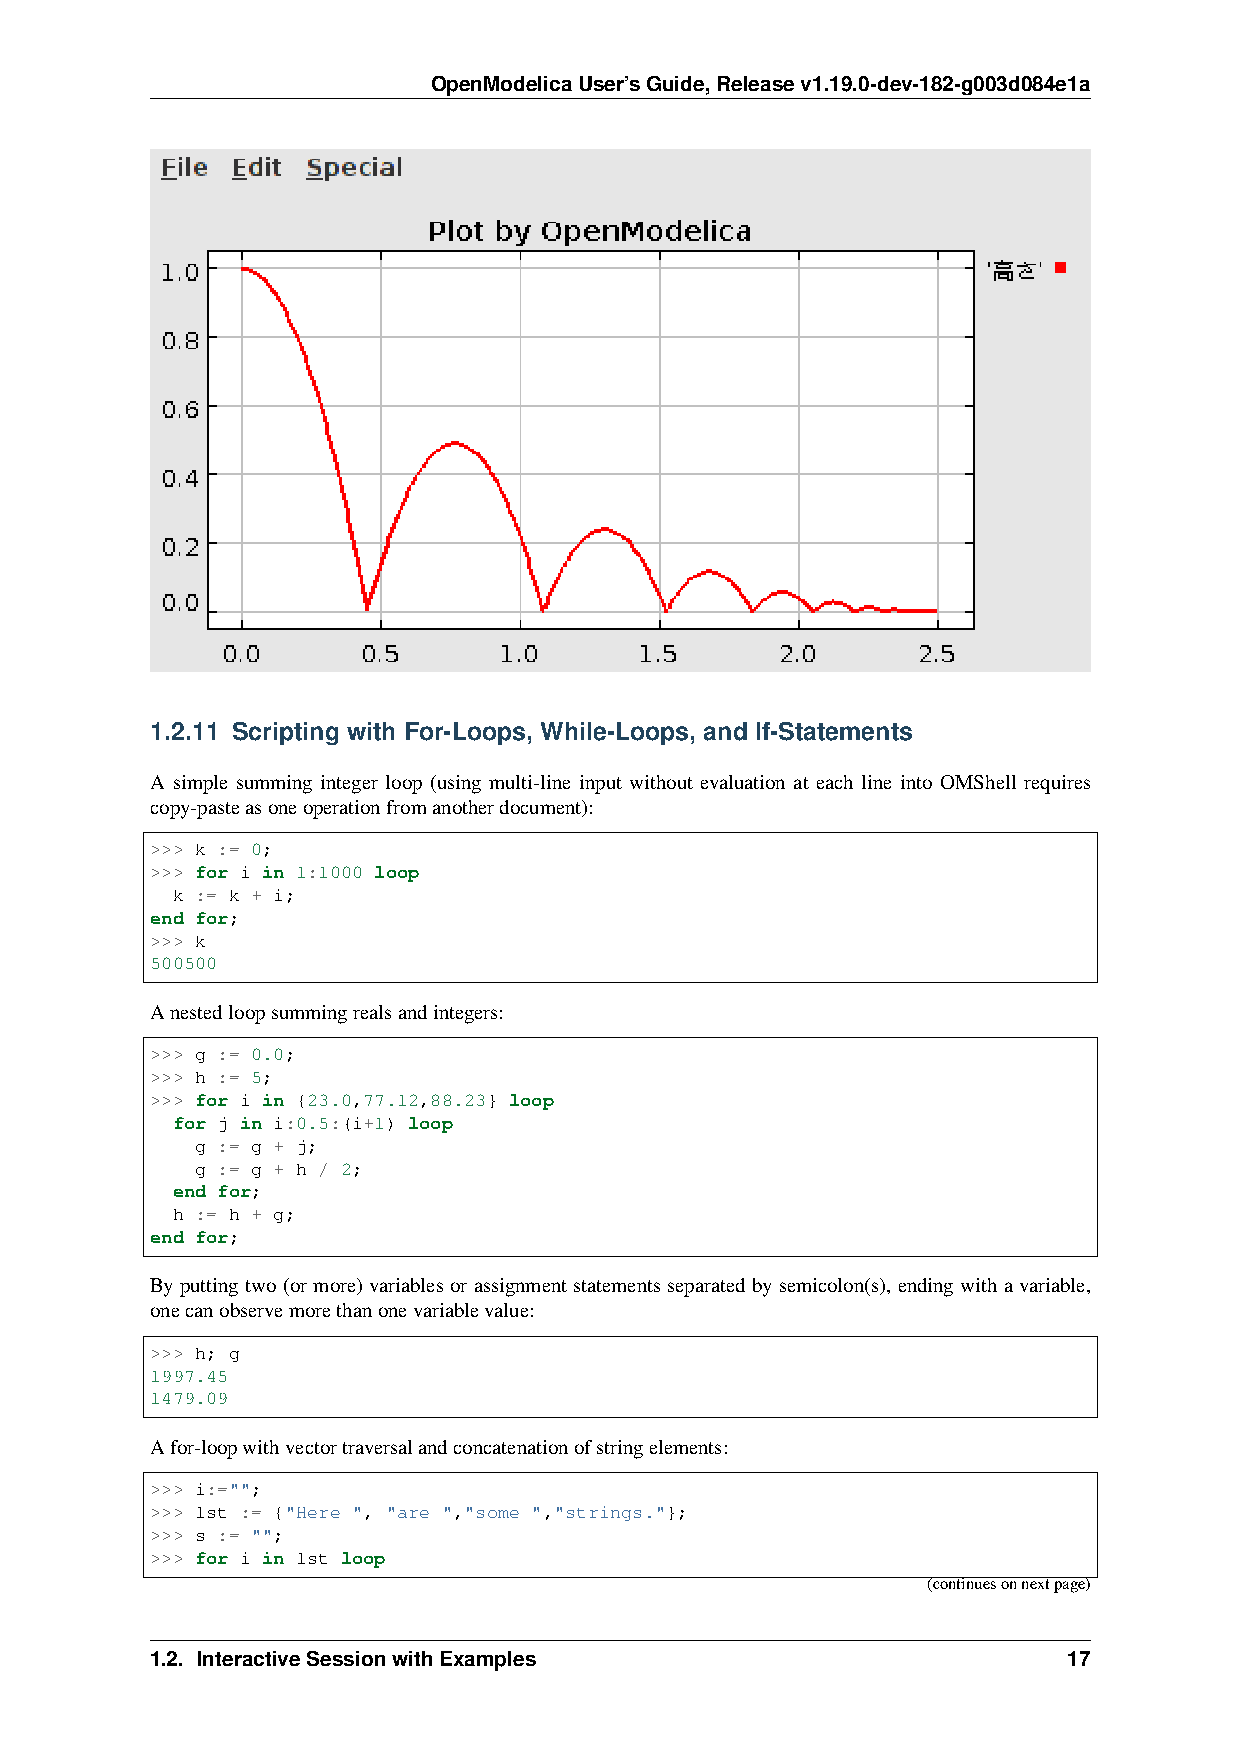
OpenModelicaUser’sGuide,Releasev1.19.0-dev-182-g003d084e1a
 1.2.11 Scripting with For-Loops, While-Loops, and If-Statements
 A simple summing integer loop (using multi-line input without evaluation at each line into OMShell requires
 copy-pasteasoneoperationfromanotherdocument):
 >>> k := 0;
 >>> for i in 1:1000 loop
 k := k + i;
 end for;
 >>> k
 500500
 Anestedloopsummingrealsandintegers:
 >>> g := 0.0;
 >>> h := 5;
 >>> for i in {23.0,77.12,88.23} loop
 for j in i:0.5:(i+1) loop
 g := g + j;
 g := g + h / 2;
 end for;
 h := h + g;
 end for;
 Byputtingtwo(or more)variablesorassignmentstatementsseparatedby semicolon(s), endingwithavariable,
 onecanobservemorethanonevariablevalue:
 >>> h; g
 1997.45
 1479.09
 Afor-loopwithvectortraversalandconcatenationofstringelements:
 >>> i:="";
 >>> lst := {"Here ", "are ","some ","strings."};
 >>> s := "";
 >>> for i in lst loop
 (continuesonnextpage)
 1.2. InteractiveSessionwithExamples                          17